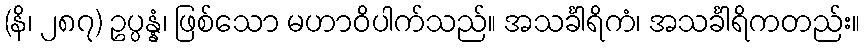
(နိ၊ ၂၈၇) ဥပ္ပန္နံ၊ ဖြစ်သော မဟာဝိပါက်သည်။ အသင်္ခါရိကံ၊ အသင်္ခါရိကတည်း။